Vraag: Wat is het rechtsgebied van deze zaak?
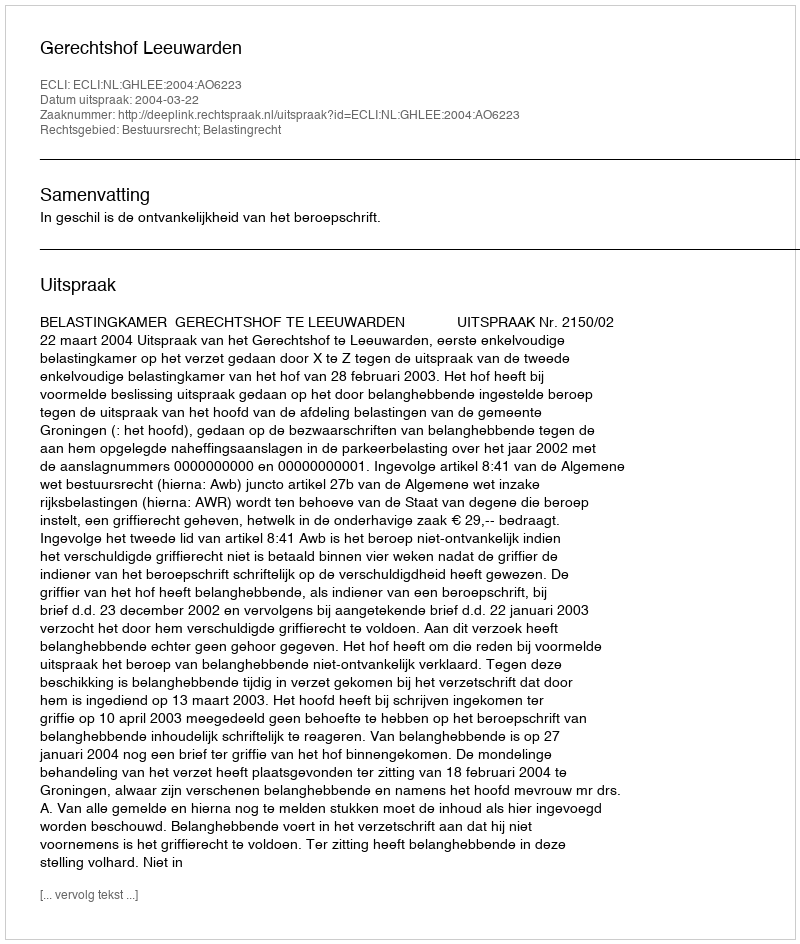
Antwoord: Bestuursrecht; Belastingrecht